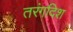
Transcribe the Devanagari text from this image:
तरंगदिश